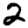
Digit: 2